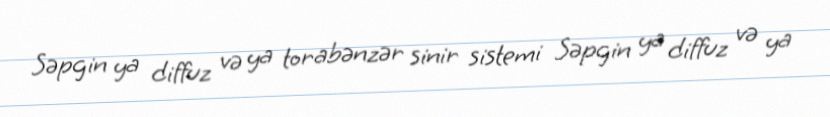
Səpgin ya diffuz və ya torabənzər sinir sistemi Səpgin ya diffuz və ya